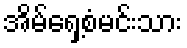
အိမ်ရှေ့စံမင်းသား